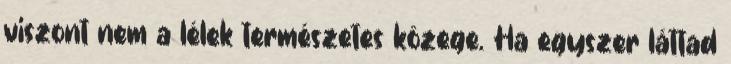
viszont nem a lélek természetes közege. Ha egyszer láttad